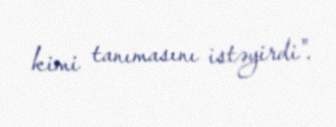
kimi tanımasını istəyirdi".